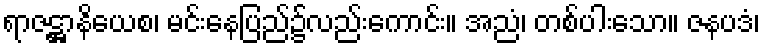
ရာဇဋ္ဌာနိယေစ၊ မင်းနေပြည်၌လည်းကောင်း။ အညံ၊ တစ်ပါးသော။ ဇနပဒံ၊